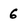
Character: 6